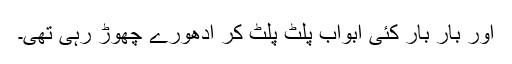
اور بار بار کئی ابواب پلٹ پلٹ کر ادھورے چھوڑ رہی تھی۔